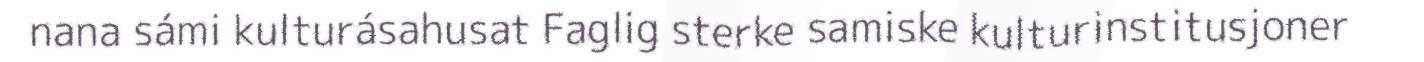
nana sámi kulturásahusat Faglig sterke samiske kulturinstitusjoner